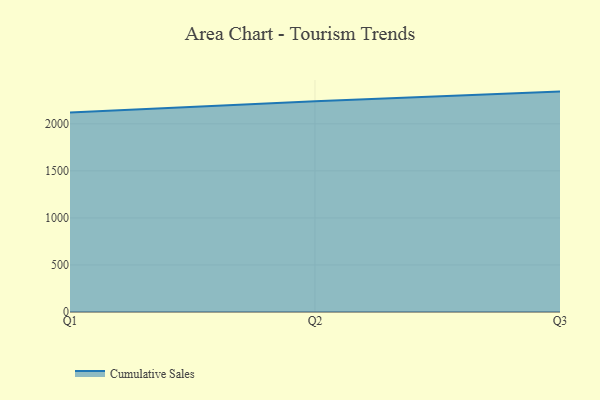
{"axis": {"x": "Quarter", "y": "Humidity (%)"}, "legend": ["Cumulative Sales"], "data": [{"x": "Q1", "y": 2119.1, "type": "Cumulative Sales"}, {"x": "Q2", "y": 2240.4, "type": "Cumulative Sales"}, {"x": "Q3", "y": 2342.5, "type": "Cumulative Sales"}]}